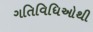
ગતિવિધિઓથી